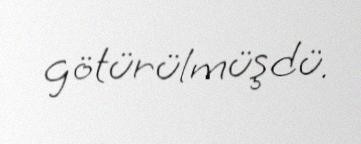
götürülmüşdü.